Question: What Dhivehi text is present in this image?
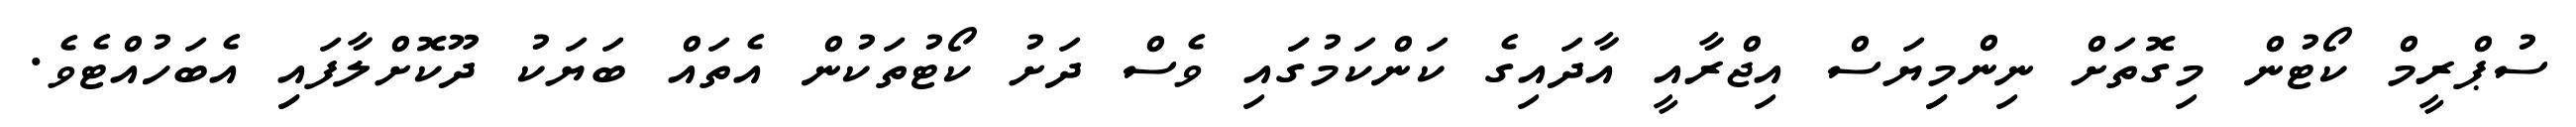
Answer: ސުޕްރީމް ކޯޓުން މިގޮތަށް ނިންމިިޔަސް އިޖްރާއީ އާދައިގެ ކަންކަމުގަައި ވެސް ދަށު ކޯޓުތަކުން އެތައް ބަޔަކު ދޫކޮށްލާފައިި އެބަހުއްޓެވެ.